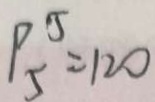
P _ { 5 } ^ { 5 } = 1 2 0